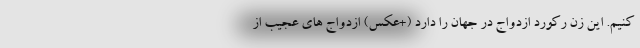
کنیم. این زن رکورد ازدواج در جهان را دارد (+عکس) ازدواج های عجیب از